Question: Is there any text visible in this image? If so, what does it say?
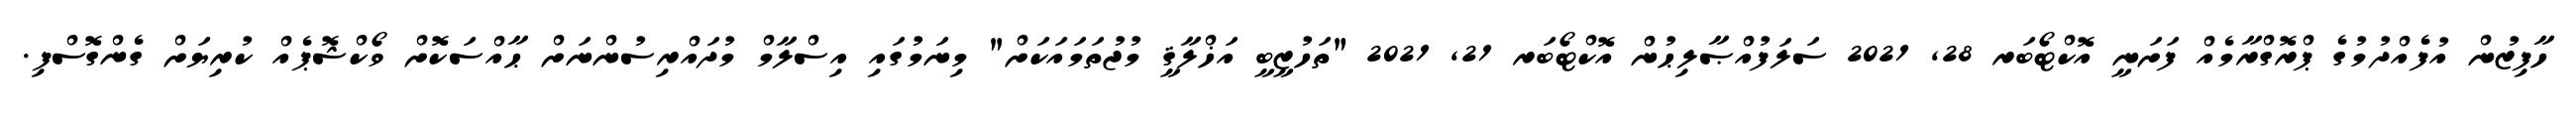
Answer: ހާފިޒުން އުފެއްދުމުގެ ޕްރޮގްރާމެއް ފަށަނީ އޮކްޓޯބަރ 28, 2021 ސަލަފުއްޞާލިޙުން އޮކްޓޯބަރ 21, 2021 "ތަހުޒީބީ އަޚްލާޤީ މުޖުތަމައަކަށް" މިނަމުގައި އިސްލާމް މުދައްރިސުންނަށް ޙާއްސަކޮށް ވޯކްޝޮޕެއް ކުރިޔަށް ގެންގޮސްފި.